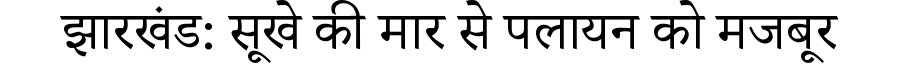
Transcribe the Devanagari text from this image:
झारखंड: सूखे की मार से पलायन को मजबूर